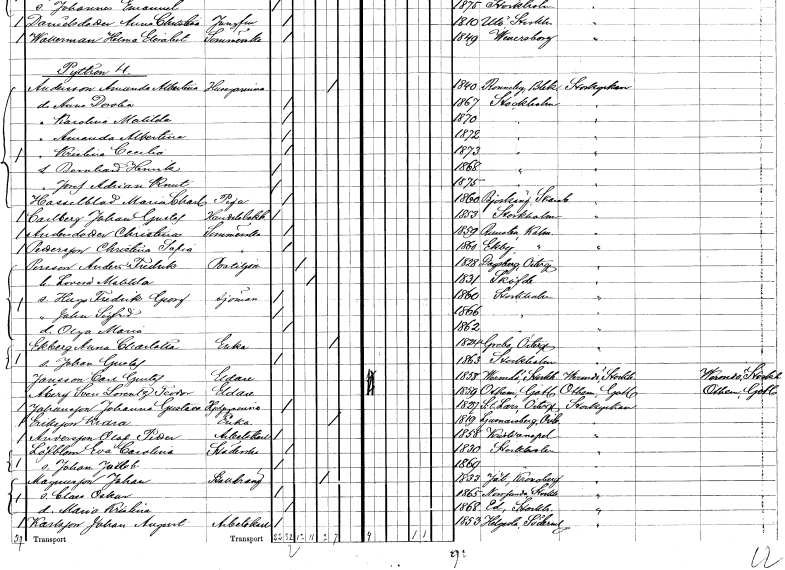
gt_parse: households: individuals: FN: Kristina Cecilia
KON: K
CIV: O
FODAR: 1873
FODFORS: Stockholm
FN: Bernhard Henrik
KON: M
CIV: O
FODAR: 1868
FODFORS: Stockholm
FN: Josef Adrian Knut
KON: M
CIV: O
FODAR: 1875
FODFORS: Stockholm
FN: Maria Charlotta
EN: Hasselblad
YRKE: Piga
KON: K
CIV: O
FODAR: 1860
FODFORS: Björkäng Skaraborgs län
FN: Johan Gustaf
EN: Carlberg
YRKE: Handelsbokhållare
KON: M
CIV: O
FODAR: 1853
FODFORS: Stockholm
FN: Christina
EN: Andersdotter
YRKE: Sömmerska
KON: K
CIV: O
FODAR: 1859
FODFORS: Runsten Kalmar län
FN: Christina Sofia
EN: Pettersson
YRKE: Sömmerska
KON: K
CIV: O
FODAR: 1860
FODFORS: Ekby Kalmar län
FN: Anders Fredrik
EN: Persson
YRKE: Postiljon
KON: M
CIV: G
FODAR: 1828
FODFORS: Dagsberg Östergötlands län
FN: Lovisa Matilda
KON: K
CIV: G
FODAR: 1831
FODFORS: Skövde Skaraborgs län
FN: Hugo Fredrik Georg
YRKE: Sjöman
KON: M
CIV: O
FODAR: 1860
FODFORS: Stockholm
FN: John Sigfrid
KON: M
CIV: O
FODAR: 1866
FODFORS: Stockholm
FN: Olga Maria
KON: K
CIV: O
FODAR: 1862
FODFORS: Stockholm
FN: Anna Charlotta
EN: Ekberg
YRKE: Änka
KON: K
CIV: E
FODAR: 1824
FODFORS: Grebo Östergötlands län
FN: Johan Gustaf
KON: M
CIV: O
FODAR: 1863
FODFORS: Stockholm
FN: Carl Gustaf
EN: Jonsson
YRKE: Eldare
KON: M
CIV: O
FODAR: 1858
FODFORS: Värmdö Stockholms län
FN: Sven Lorentz Teodor
EN: Åberg
YRKE: Eldare
KON: M
CIV: O
FODAR: 1859
FODFORS: Othem Gotlands län
FN: Johanna Gustava
EN: Johansson
YRKE: Hjälpkvinna
KON: K
CIV: O
FODAR: 1827
FODFORS: Sankt Lars Linköping Östergötlands län
FN: Klara
EN: Eriksson
YRKE: Änka
KON: K
CIV: E
FODAR: 1819
FODFORS: Ljusnarsberg Örebro län
FN: Olof Petter
EN: Andersson
YRKE: Arbetskarl
KON: M
CIV: O
FODAR: 1858
FODFORS: Kristianopel Blekinge län
FN: Eva Carolina
EN: Löfblom
YRKE: Städerska
KON: K
CIV: O
FODAR: 1830
FODFORS: Stockholm
FN: Johan Jacob
KON: M
CIV: O
FODAR: 1869
FODFORS: Stockholm
FN: Johan
EN: Magnusson
YRKE: Stalldräng
KON: M
CIV: E
FODAR: 1833
FODFORS: Jät Kronobergs län
FN: Claes Oskar
KON: M
CIV: O
FODAR: 1865
FODFORS: Norrsunda Stockholms län
FN: Maria Kristina
KON: K
CIV: O
FODAR: 1868
FODFORS: Ed Stockholms län
FN: Johan August
EN: Karlsson
YRKE: Arbetskarl
KON: M
CIV: O
FODAR: 1853
FODFORS: Helgesta Södermanlands län